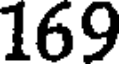
169